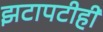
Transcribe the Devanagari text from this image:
झटापटीही